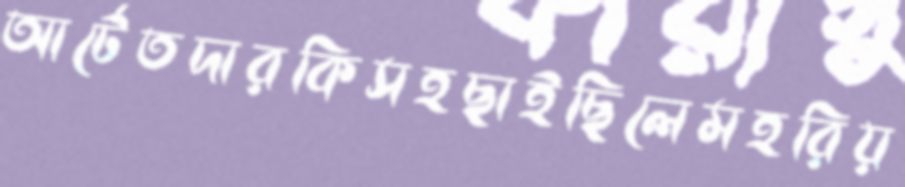
আর্টেতদারকিসহছাইছিলেমহরিয়